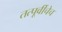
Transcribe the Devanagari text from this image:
तत्पूर्वीचेच